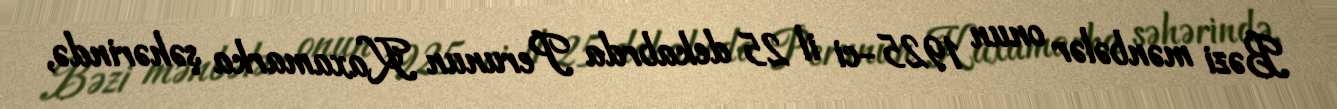
Bəzi mənbələr onun 1925-ci il 25 dekabrda Perunun Kaxamarka şəhərində,